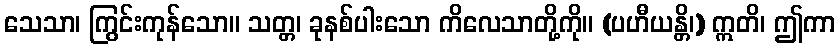
သေသာ၊ ကြွင်းကုန်သော။ သတ္တ၊ ခုနစ်ပါးသော ကိလေသာတို့ကို။ (ပဟီယန္တိ၊) ဣတိ၊ ဤကာ